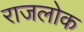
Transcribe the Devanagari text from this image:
राजलोक